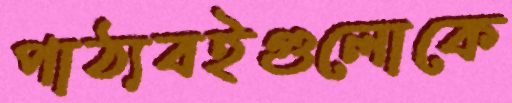
পাঠ্যবইগুলোকে